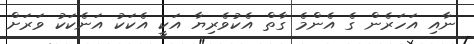
ނާއި އަހަރެން ގެ އެންމެ ގާތް އެކުވެރިޔާ އަކީ އެކަކު އަނެކަކު ވަރަށް